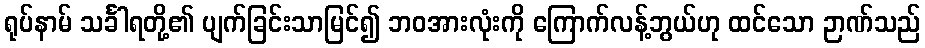
ရုပ်နာမ် သင်္ခါရတို့၏ ပျက်ခြင်းသာမြင်၍ ဘဝအားလုံးကို ကြောက်လန့်ဘွယ်ဟု ထင်သော ဉာဏ်သည်